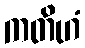
ကတိဟံ